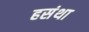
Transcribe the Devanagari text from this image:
हसंथा